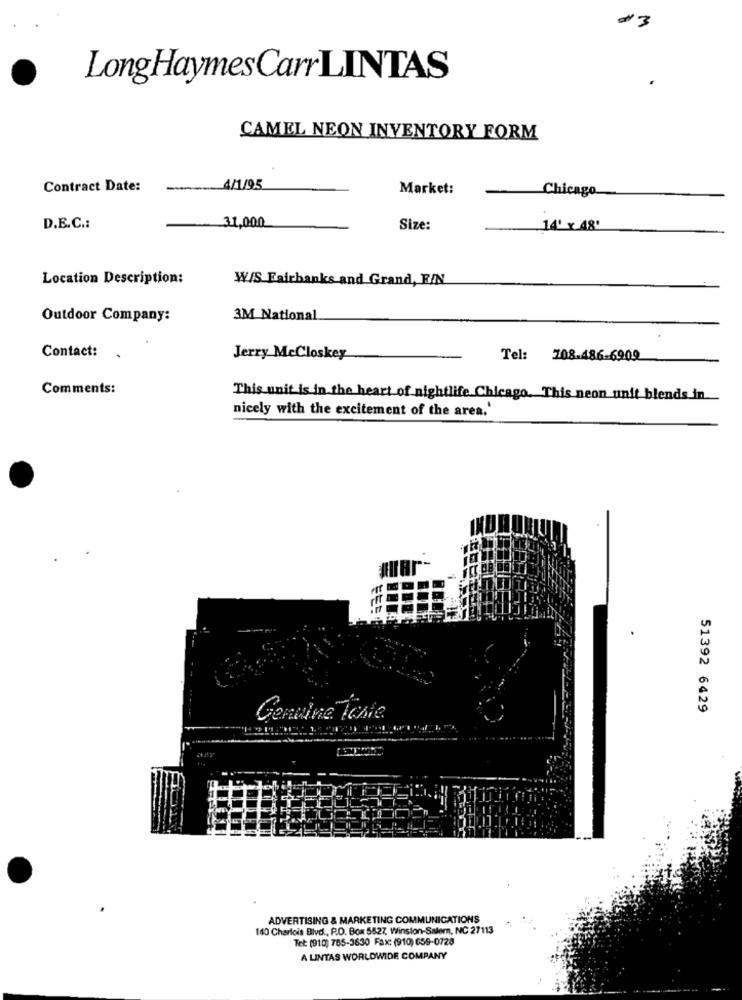
LongHaymes Carr LINTAS
CAMEL NEON INVENTORY FORM
Contract Date:
4/1/95
Market:
Chicago
D.E.C .:
31,000
Size:
14' x 48'
Location Description:
W/S Fairbanks and Grand, FIN
Outdoor Company:
3M National
Contact:
Jerry McCloskey
Tel: 708.486-6909
Comments:
This unit is in the heart of nightlife Chicago. This neon unit blends in
nicely with the excitement of the area.'
51392 6429
Genuine Tosie
ADVERTISING & MARKETING COMMUNICATIONS
140 Charlois Blvd ., P.O. Box 5527, Winston-Salem, NC 27113
Tet: (910) 785-3630 Fax: (910) 659-0728
A LINTAS WORLDWIDE COMPANY